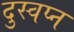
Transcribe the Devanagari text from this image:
दुस्वप्न